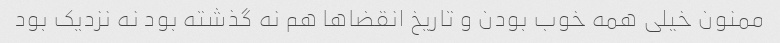
ممنون خیلی همه خوب بودن و تاریخ انقضاها هم نه گذشته بود نه نزدیک بود